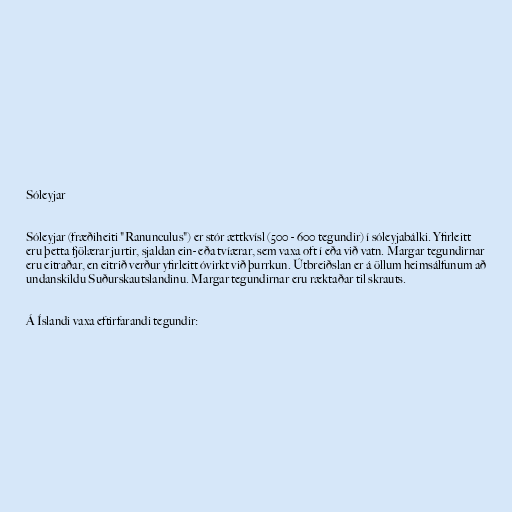
Sóleyjar

Sóleyjar (fræðiheiti "Ranunculus") er stór ættkvísl (500 - 600 tegundir) í sóleyjabálki. Yfirleitt
eru þetta fjölærar jurtir, sjaldan ein- eða tvíærar, sem vaxa oft í eða við vatn. Margar tegundirnar
eru eitraðar, en eitrið verður yfirleitt óvirkt við þurrkun. Útbreiðslan er á öllum heimsálfunum að
undanskildu Suðurskautslandinu. Margar tegundirnar eru ræktaðar til skrauts.

Á Íslandi vaxa eftirfarandi tegundir: